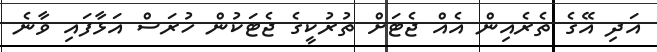
އަދި އޭގެ ތެރެއިން އެއް ޖެޓަށް ތުރުކީގެ ޖެޓަކުން ހުރަސް އަޅާފައި ވާނެ